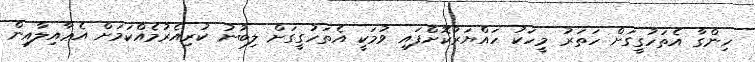
ހިންގާ އެތަހުގީގަށް ހަތަރު މީހަކު ހައްޔަރުކޮށްފައި ވުމަކީ އެތަހުގީގަށް ލިބުނު ކުރިއެރުމެއްކަމަށް އެޢާއިލާއިން